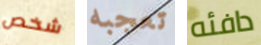
شخص تعجبه دافئه